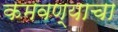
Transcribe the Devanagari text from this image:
कमवण्याचा